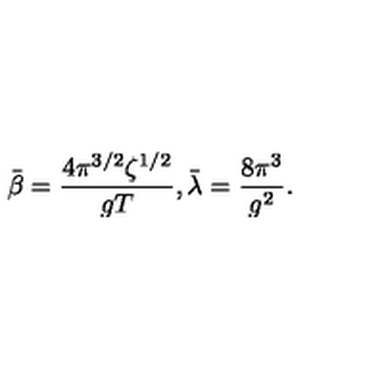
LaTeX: \bar { \beta } = \frac { 4 \pi ^ { 3 / 2 } \zeta ^ { 1 / 2 } } { g T } , \bar { \lambda } = \frac { 8 \pi ^ { 3 } } { g ^ { 2 } } .